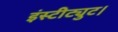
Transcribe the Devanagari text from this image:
इंस्टीट्युट।